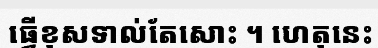
ធ្វើខុសទាល់តែសោះ ។ ហេតុនេះ